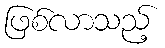
ဖြစ်လာသည့်